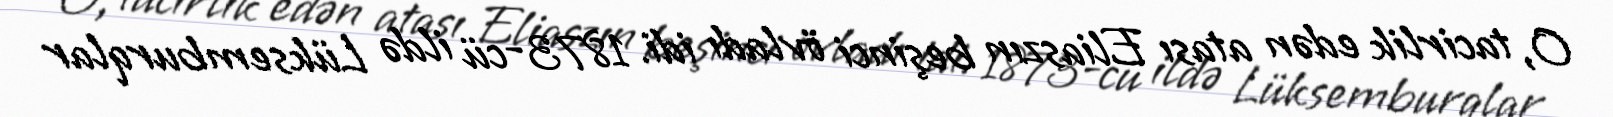
O, tacirlik edən atası Eliaszın beşinci övladı idi. 1873-cü ildə Lüksemburqlar